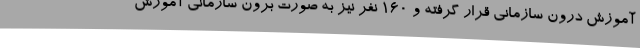
آموزش درون سازمانی قرار گرفته و 160 نفر نیز به صورت برون سازمانی آموزش